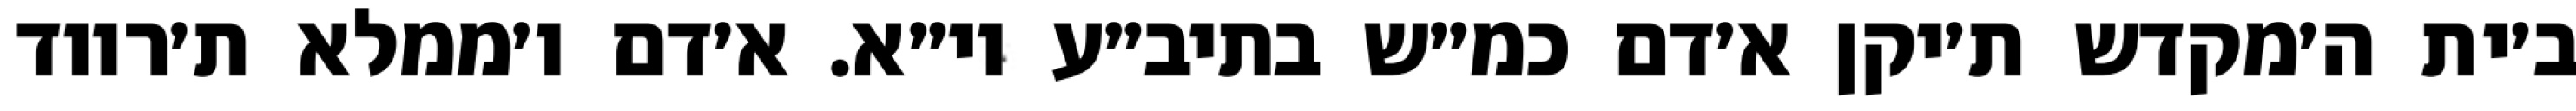
ב׳ית ה׳מקדש ת׳יקן א׳דם כמ״ש בתיב״ע וי״א. א׳דם ו׳ממלא ת׳רווד